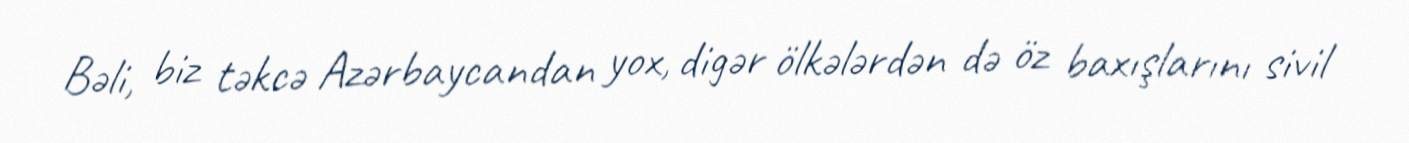
Bəli, biz təkcə Azərbaycandan yox, digər ölkələrdən də öz baxışlarını sivil